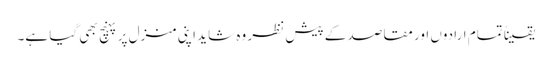
یقیناً تمام ارادوں اور مقاصد کے پیش نظر وہ شاید اپنی منزل پر پہنچ بھی گیا ہے۔